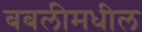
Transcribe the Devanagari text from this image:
बबलीमधील